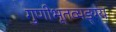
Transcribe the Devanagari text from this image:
गुणीभूतव्यङ्ग्य